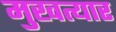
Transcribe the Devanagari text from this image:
मुखत्यार